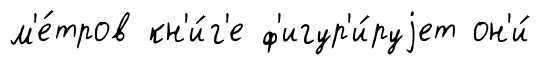
м'е́тров кн'и́г'е ф'игур'и́руjет он'и́